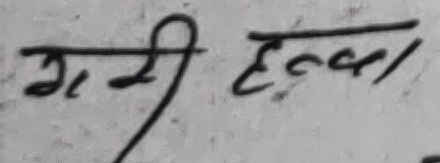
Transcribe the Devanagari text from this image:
गर्मी हल्का